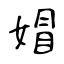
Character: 媢